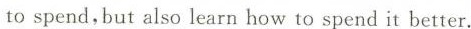
tospend,but also learn how to spend it better.